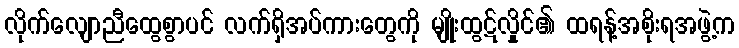
လိုက်လျောညီထွေစွာပင် လက်ရှိအပ်ကားတွေကို မျိုးထွဋ်လှိုင်၏ ထရန့်အစိုးရအဖွဲ့က